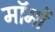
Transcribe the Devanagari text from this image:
मॉमों